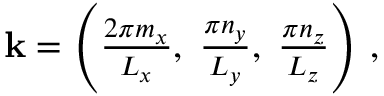
\begin{array} { r } { \mathbf { k } = \left( \frac { 2 \pi m _ { x } } { L _ { x } } , \; \frac { \pi n _ { y } } { L _ { y } } , \; \frac { \pi n _ { z } } { L _ { z } } \right) \, , } \end{array}